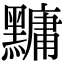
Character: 𪒒